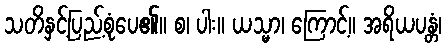
သတိနှင့်ပြည့်စုံပေ၏။ စ၊ ပါး။ ယသ္မာ၊ ကြောင့်။ အရိယပန္တံ၊